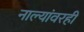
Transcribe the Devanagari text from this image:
नाल्यांवरही